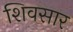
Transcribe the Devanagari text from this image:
शिवसार